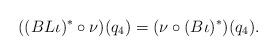
LaTeX: \begin{align*}((BL\iota)^\ast \circ\nu)(q_4)=(\nu\circ(B\iota)^\ast) (q_4).\end{align*}